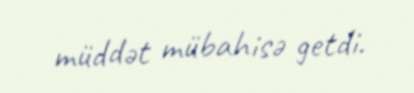
müddət mübahisə getdi.